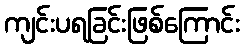
ကျင်းပရခြင်းဖြစ်ကြောင်း